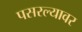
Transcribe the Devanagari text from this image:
पसरल्यावर